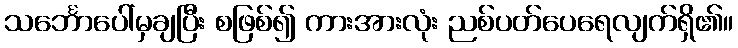
သင်္ဘောပေါ်မှချပြီး စဖြစ်၍ ကားအားလုံး ညစ်ပတ်ပေရေလျက်ရှိ၏။